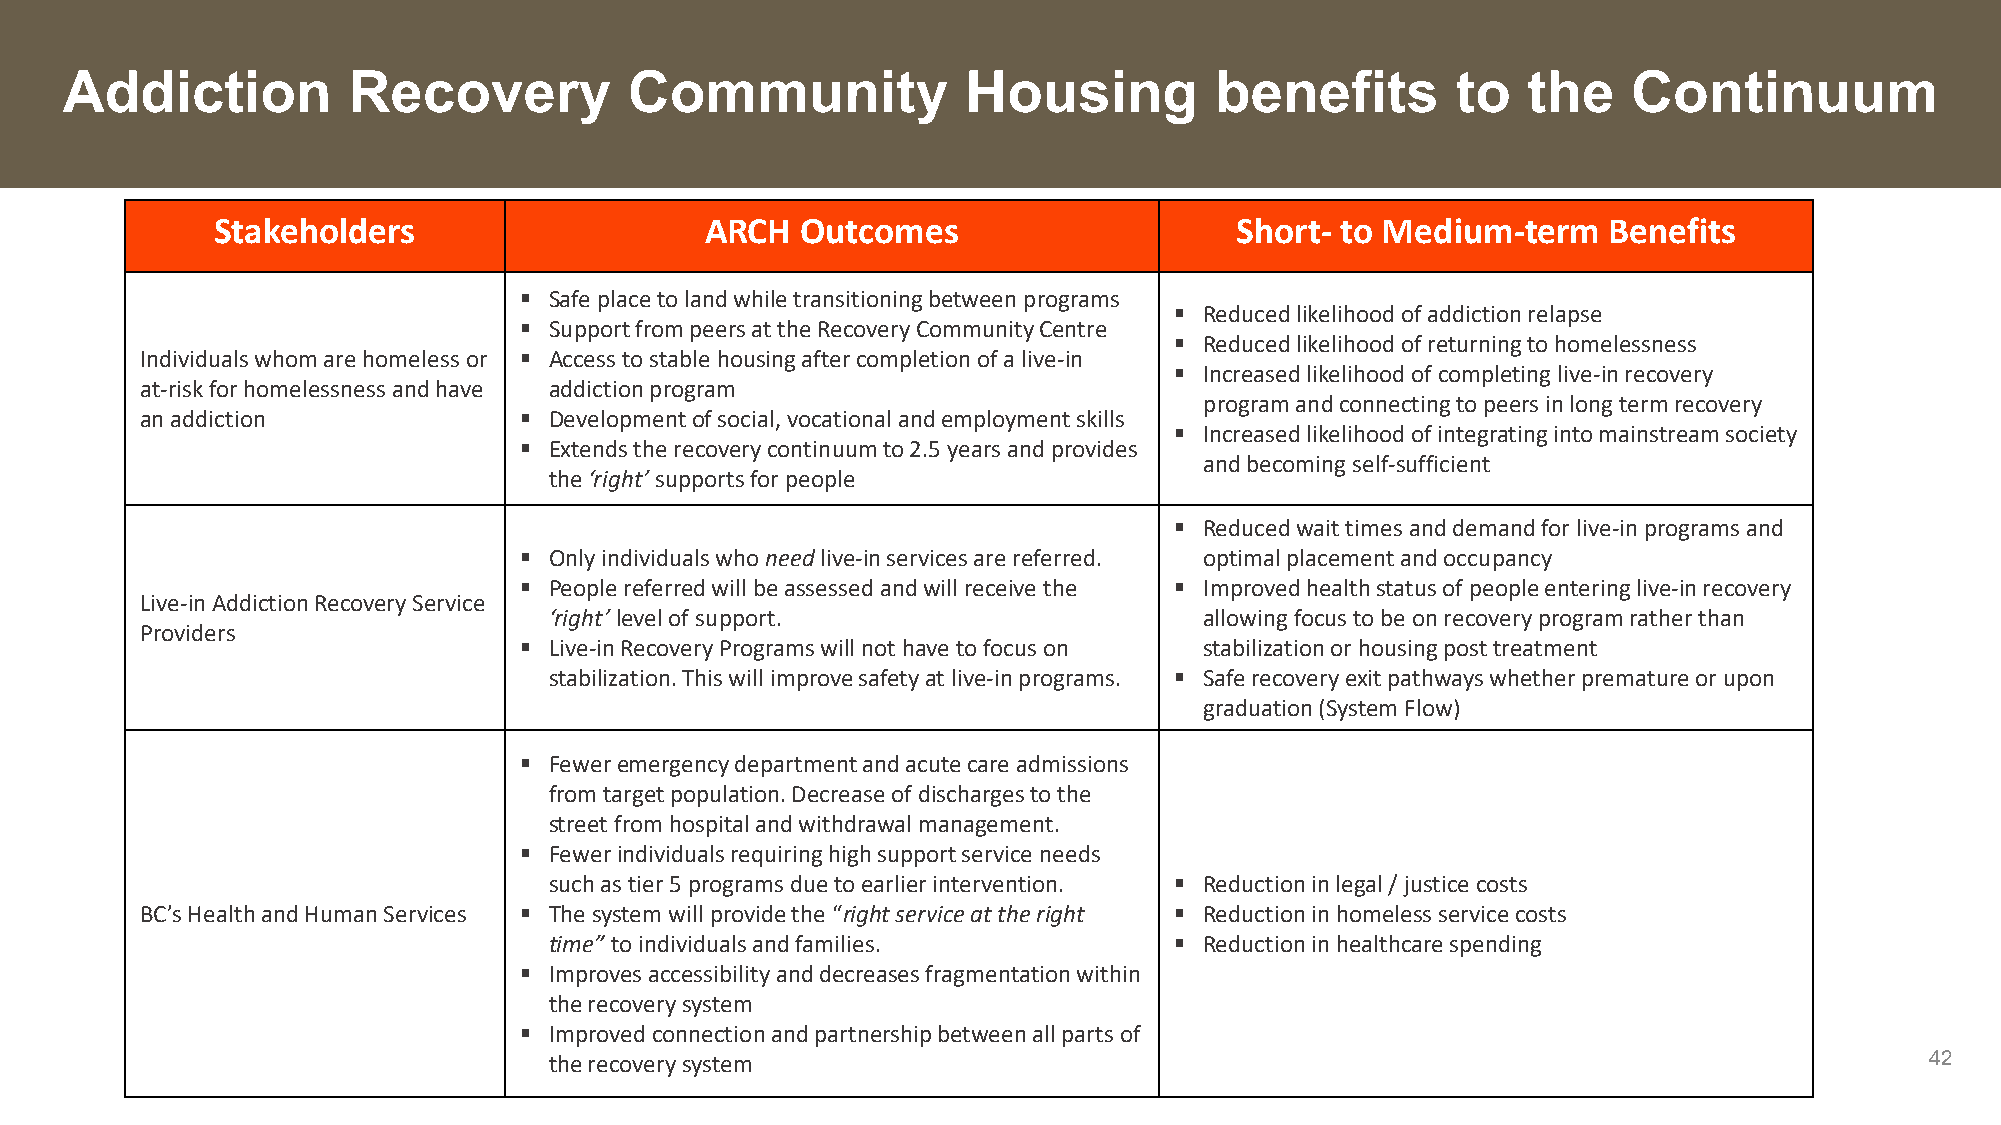
Addiction          Recovery           Community             Housing         benefits        to   the    Continuum
 Stakeholders                     ARCH  Outcomes                     Short- to Medium-term   Benefits
  Safe placeto land while transitioning between programs
  Reduced likelihood of addiction relapse
  Support from peers at the Recovery Community Centre
  Reduced likelihood of returning to homelessness
 Individuals whom are homeless or  Access to stable housing after completion of a live-in
  Increased likelihood of completing live-in recovery
 at-risk for homelessnessand have addiction program
 program and connecting to peers in long term recovery
 an addiction              Developmentof social, vocational and employment skills
  Increased likelihood of integrating into mainstream society
  Extends the recovery continuum to 2.5 years and provides
 and becoming self-sufficient
 the ‘right’ supports for people
  Reduced wait times and demand for live-in programs and
  Onlyindividuals who needlive-in services are referred. optimal placement and occupancy
  People referred will be assessed and will receive the  Improved health status of people entering live-in recovery
 Live-inAddiction Recovery Service
 ‘right’ level of support.                   allowing focus to be on recovery program rather than
 Providers
  Live-in Recovery Programs will not have to focus on stabilization or housing post treatment
 stabilization. This will improve safety at live-in programs.  Safe recovery exit pathways whether premature or upon
 graduation (System Flow)
  Feweremergency department and acute care admissions
 from target population. Decrease of discharges to the
 street from hospital and withdrawal management.
  Fewerindividuals requiring high support service needs
 such as tier 5 programs due to earlier intervention.  Reduction in legal / justice costs
 BC’s Healthand Human Services  The system will provide the “right service at the right  Reduction in homeless service costs
 time” to individuals and families.         Reduction in healthcare spending
  Improves accessibility and decreases fragmentation within
 the recovery system
  Improved connection and partnership between all parts of
 the recovery system                                                                         42